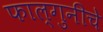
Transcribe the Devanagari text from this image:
फाल्गुनीचे